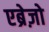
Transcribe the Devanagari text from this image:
एब्रेज़ो